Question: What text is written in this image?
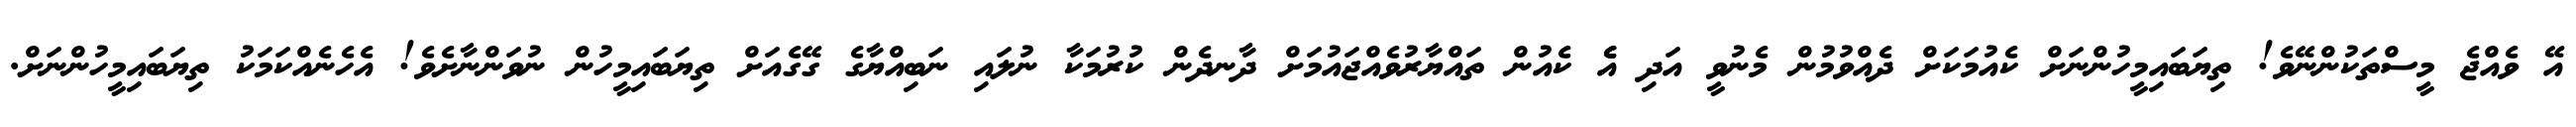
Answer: އޭ ވެއްޖެ މީސްތަކުންނޭވެ! ތިޔަބައިމީހުންނަށް ކެއުމަކަށް ދެއްވުމުން މެނުވީ އަދި އެެ ކެއުން ތައްޔާރުވެއްޖައުމަށް ދާނދެން ކުރުމަކާ ނުލައި ނަބިއްޔާގެ ގޭގެއަށް ތިޔަބައިމީހުން ނުވަންނާށެވެ! އެހެނެއްކަމަކު ތިޔަބައިމީހުންނަށް.